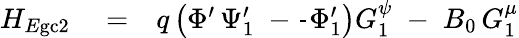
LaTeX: \begin{array}{rlr}{H_{E\mathrm{gc}2}}&{{}=}&{q\left(\Phi^{\prime}\, \Psi_{1}^{\prime}\; -\frac{}{}\Phi_{1}^{\prime}\right)G_{1}^{\psi}\; -\; B_{0}\, G_{1}^{\mu}}\end{array}